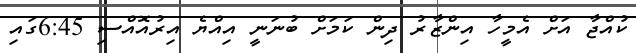
ކުއްޖާ އަށް އެމީހާ އިންޒާރު ދިން ކަަމަށް ބުނަނީ އިއްޔެ އިރުއޮއްސި 6:45ގައި